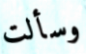
وسألت